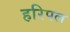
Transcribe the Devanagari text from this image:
हरिपल